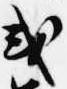
或